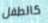
كالطفل